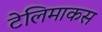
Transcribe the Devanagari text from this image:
टेलिमाकस